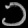
Digit: ၁